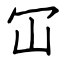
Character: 冚